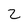
Character: 2